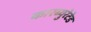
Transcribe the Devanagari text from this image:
कारब्युरेटेड